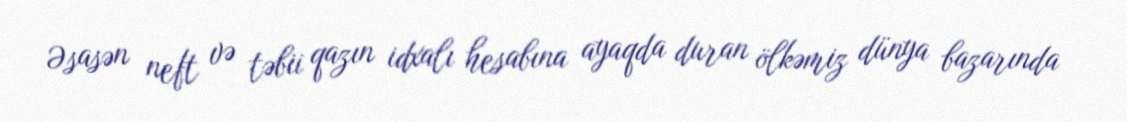
Əsasən neft və təbii qazın idxalı hesabına ayaqda duran ölkəmiz dünya bazarında